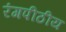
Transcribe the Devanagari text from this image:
रंगपीठीय